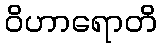
ဝိဟာရောတိ